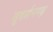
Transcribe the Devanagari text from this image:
सुदर्शनगढ़